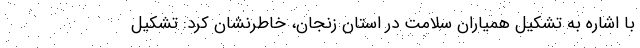
با اشاره به تشکیل همیاران سلامت در استان زنجان، خاطرنشان کرد: تشکیل